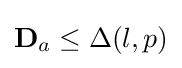
{\mathbf {D} }_{a}\leq \Delta (l,p)